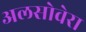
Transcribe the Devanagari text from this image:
अलसोवेरा